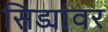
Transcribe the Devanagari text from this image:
सिड्यांवर